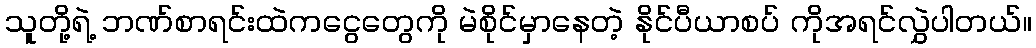
သူတို့ရဲ့ ဘဏ်စာရင်းထဲကငွေတွေကို မဲစိုင်မှာနေတဲ့ နိုင်ပီယာစပ် ကိုအရင်လွှဲပါတယ်။